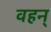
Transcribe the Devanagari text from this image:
वहन्